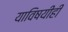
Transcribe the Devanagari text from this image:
याविषयीही